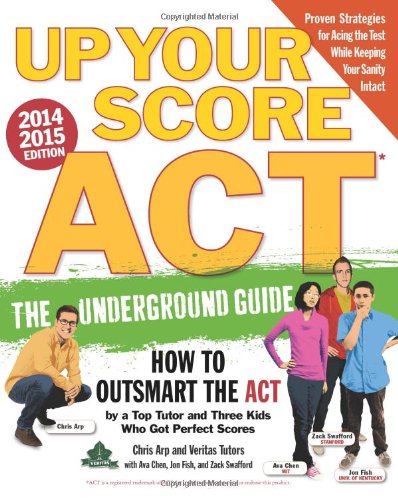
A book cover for Up Your Score: ACT, 2014-2015 Edition: The Underground Guide; Chris Arp; Test Preparation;